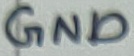
Text: GND